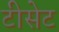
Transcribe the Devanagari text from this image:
टीसेट